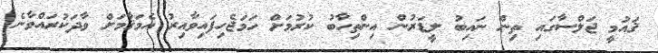
ޤައުމީ ޖަލްސާގައި ތިން ނައިބު ލީޑަރުން އިންތިހާބު ކުރުމަށް ހަމަޖެހިފައިވާއިރު އެމަޤާމަށް ވާދަކުރައްވާނެ